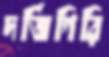
দর্জিগিরি